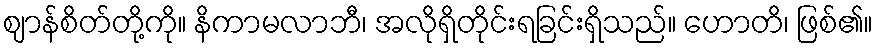
ဈာန်စိတ်တို့ကို။ နိကာမလာဘီ၊ အလိုရှိတိုင်းရခြင်းရှိသည်။ ဟောတိ၊ ဖြစ်၏။